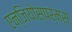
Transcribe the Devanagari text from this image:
एन्जियोस्पर्म्स